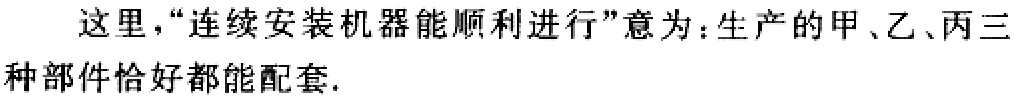
这里，“连续安装机器能顺利进行”意为：生产的甲、乙、丙三种部件恰好都能配套.